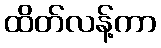
ထိတ်လန့်ကာ